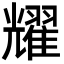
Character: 耀